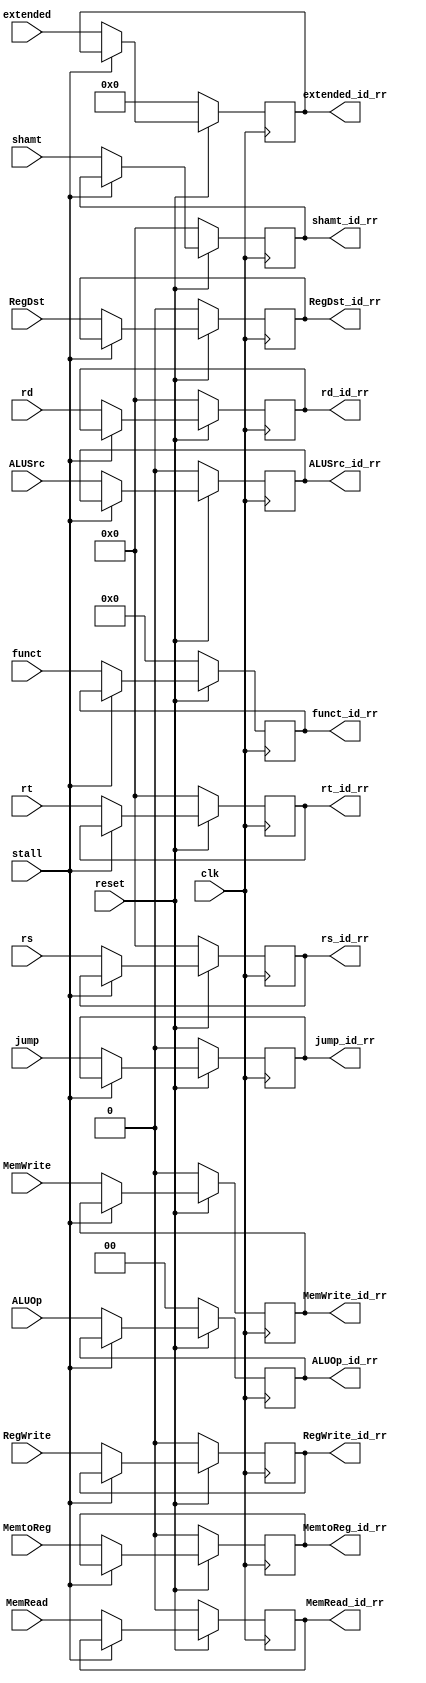
`timescale 1ns / 1ps
module Id_Rr(input clk,input reset,input stall,
             input [4:0] rs,
             output reg [4:0] rs_id_rr,
             input [4:0] rt,
             output reg [4:0] rt_id_rr,
             input [4:0] rd,
             output reg [4:0]  rd_id_rr,
             input [4:0] shamt,
             output reg [4:0] shamt_id_rr,
             input [5:0] funct,
             output reg [5:0] funct_id_rr,
             input [31:0] extended, 
             output reg [31:0] extended_id_rr ,
             input RegDst,
             output reg RegDst_id_rr ,
             input jump,
             output reg jump_id_rr,
             input MemRead,
             output reg MemRead_id_rr,
             input MemWrite,
             output reg MemWrite_id_rr ,
             input ALUSrc,
             output reg ALUSrc_id_rr,
             input [1:0] ALUOp,
             output reg [1:0] ALUOp_id_rr,
             input MemtoReg,
             output reg MemtoReg_id_rr,
             input RegWrite,
             output reg RegWrite_id_rr);
             
 always@(posedge clk)
 begin
   if(reset==0)
    begin
    rs_id_rr<=4'b0000;
    rt_id_rr<=4'b0000;
    rd_id_rr<=4'b0000;
    shamt_id_rr<=4'b0000;
    funct_id_rr<=5'b00000;
    extended_id_rr<=32'b0;
     RegDst_id_rr<=0 ;
     jump_id_rr<=0;
     MemRead_id_rr<=0;
     MemWrite_id_rr<=0 ;
     ALUSrc_id_rr<= 0;     
     ALUOp_id_rr<=0;
     MemtoReg_id_rr<=0;
     RegWrite_id_rr<=0;
    
    end
    else if (stall==1)
    begin
    rs_id_rr<=rs_id_rr;
    rt_id_rr<=rt_id_rr;
    rd_id_rr<=rd_id_rr;
    shamt_id_rr<=shamt_id_rr;
    funct_id_rr<=funct_id_rr;
    extended_id_rr<=extended_id_rr;
     RegDst_id_rr<=RegDst_id_rr ;
     jump_id_rr<=jump_id_rr;
     MemRead_id_rr<=MemRead_id_rr;
     MemWrite_id_rr<=MemWrite_id_rr ;
     ALUSrc_id_rr<= ALUSrc_id_rr;     
     ALUOp_id_rr<= ALUOp_id_rr;
     MemtoReg_id_rr<=MemtoReg_id_rr;
     RegWrite_id_rr<=RegWrite_id_rr;
    end
    else
    begin
    rs_id_rr<=rs;
    rt_id_rr<=rt;
    rd_id_rr<=rd;
    shamt_id_rr<=shamt;
    funct_id_rr<=funct;
    extended_id_rr<=extended;
     RegDst_id_rr<=RegDst ;
     jump_id_rr<=jump;
     MemRead_id_rr<=MemRead;
     MemWrite_id_rr<=MemWrite ;
     ALUSrc_id_rr<= ALUSrc;     
     ALUOp_id_rr<=ALUOp;
     MemtoReg_id_rr<=MemtoReg;
     RegWrite_id_rr<=RegWrite;
    
   
    end
 end   
endmodule